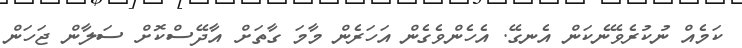
ކަމެއް ނުކުރެވޭނެކަން އެނގޭ. އެހެންވެގެން އަހަރެން މާމަ ގާތަށް އާދޭސްކޮށް ސަލާން ޖަހަން